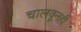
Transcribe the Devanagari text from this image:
चालवूनही